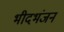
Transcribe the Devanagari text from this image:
भीदभंजन